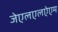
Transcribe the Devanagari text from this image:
जेएलएलऐएम